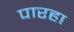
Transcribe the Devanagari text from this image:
पारहा